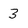
Character: 3